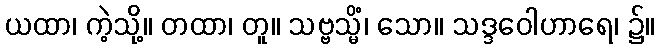
ယထာ၊ ကဲ့သို့။ တထာ၊ တူ။ သဗ္ဗသ္မိံ၊ သော။ သဒ္ဒဝေါဟာရေ၊ ၌။